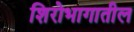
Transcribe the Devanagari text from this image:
शिरोभागातील